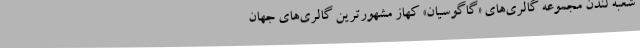
شعبه لندن مجموعه گالری‌های «گاگوسیان»‌ کهاز مشهورترین گالری‌های جهان